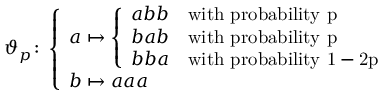
\vartheta _ { p } \colon \left\{ \begin{array} { l l } { a \mapsto \left\{ \begin{array} { l l } { a b b } & { \mathrm { w i t h ~ p r o b a b i l i t y ~ p ~ } } \\ { b a b } & { \mathrm { w i t h ~ p r o b a b i l i t y ~ p ~ } } \\ { b b a } & { \mathrm { w i t h ~ p r o b a b i l i t y ~ 1 - 2 p ~ } } \end{array} \right. } \\ { b \mapsto a a a } \end{array} \right.